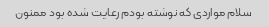
سلام مواردی که نوشته بودم رعایت شده بود ممنون